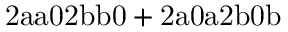
\mathrm { 2 a a 0 2 b b 0 + 2 a 0 a 2 b 0 b }